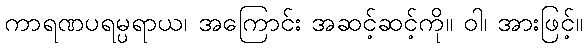
ကာရဏပရမ္ပရာယ၊ အကြောင်း အဆင့်ဆင့်ကို။ ဝါ၊ အားဖြင့်။